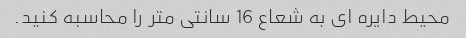
محیط دایره ای به شعاع 16 سانتی متر را محاسبه کنید.